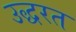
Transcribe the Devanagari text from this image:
उद्धरत